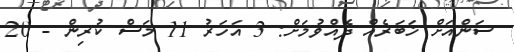
ސަންއަށް ޚަބަރެއް ދެއްވުމަށް: 3 އަހަރު 11 މަސް ކުރިން - 20